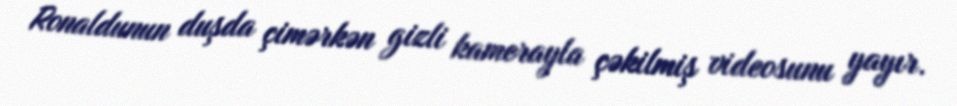
Ronaldunun duşda çimərkən gizli kamerayla çəkilmiş videosunu yayır.